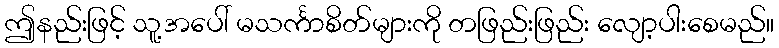
ဤနည်းဖြင့် သူ့အပေါ် မသင်္ကာစိတ်များကို တဖြည်းဖြည်း လျော့ပါးစေမည်။